system: You are a helpful assistant.
user:
Analyze the provided spectrum to determine if it is a **Carbon Star (C-type)**.

- **Key Visual Indicators of Carbon Star:**
    - **(Primary):** Strong molecular absorption from **C₂ (diatomic carbon) "Swan Bands."** This is the **defining feature** of a carbon star.
        - **(Key Bandheads):** Sharp absorption edges are visible at approximately $5635$ Å, $5165$ Å (the strongest band), and $4737$ Å.
        - **(Line Profile):** Creates a distinct **"saw-tooth"** pattern. The key morphology is a sharp, steep bandhead on the **red (long-wavelength) side**, which then gradually tapers off (i.e., flux recovers) towards the **blue (short-wavelength) side**. *(This is the direct opposite of the TiO bands seen in M-type stars)*.

    - **(Secondary):** Intense **CN (cyanogen)** molecular absorption bands.
        - **(Key Bandheads):** Located in the blue and violet regions of the spectrum (e.g., near $4215$ Å and $3883$ Å).
        - **(Morphology):** These bands are extremely broad and act as a "blanket," absorbing the vast majority of blue and violet light. This creates a characteristic **"cliff"** or **"steep drop-off"** in the spectrum's flux at short wavelengths.

    - **(Key Confirmation):** Strong **CH absorption band (G-band)**.
        - **(Key Bandhead):** Located around $4300$ Å. The contribution from CH molecules to this band is exceptionally strong.

    - **(Overall Spectrum):**
        - The continuum is severely "chopped up" by these deep molecular bands, especially C₂, rather than appearing as a smooth curve.
        - Due to the heavy CN and C₂ absorption in the blue-green, the vast majority of the star's flux is concentrated in the red part of the spectrum, giving the star its characteristic deep red color.

Think first, call **spectral_visualization_tool** if needed to examine features in detail, then provide your final answer. Your response must adhere to the following strict rules:
1.  **Overall Structure:** Your response must follow the format `<think>...</think> <tool_call>...</tool_call> (if a tool is used) <answer>...</answer>`.
2.  **Tool Usage Constraint:** You may only make **one** tool call per turn.
3.  **Final Answer Format:** In the `<answer>` tag, your conclusion must be inside a `\boxed{}` command (e.g., `\boxed{YES}`), followed by your justification.

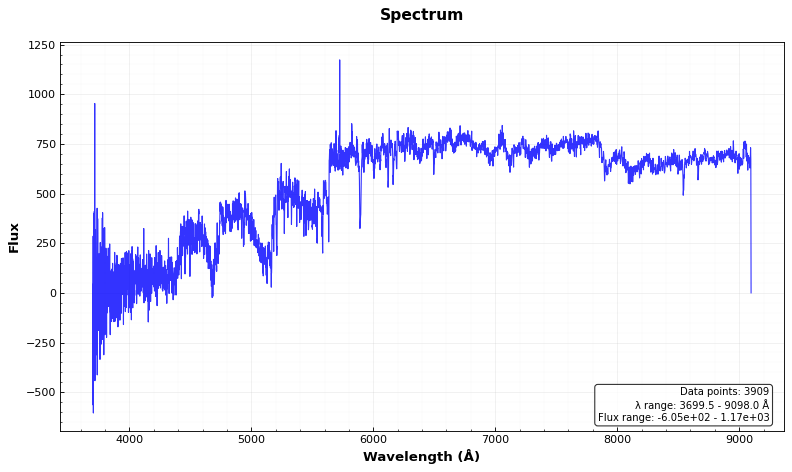
Answer: YES